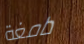
دامغة